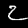
Digit: 2